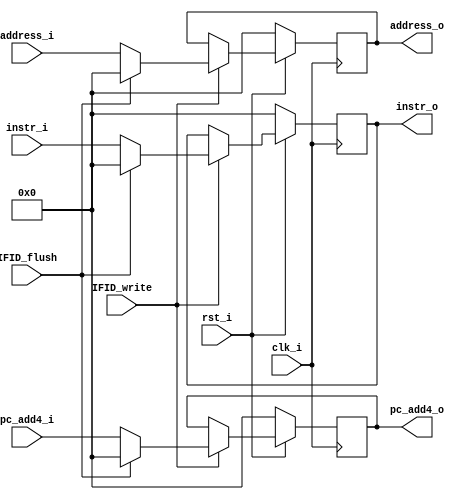
module IF_register (clk_i, rst_i,address_i, instr_i,pc_add4_i, address_o, instr_o,pc_add4_o, IFID_write, IFID_flush);

    input clk_i ;
    input rst_i;
    input [31:0] address_i;
    input [31:0] instr_i;
    input [31:0] pc_add4_i;
    input IFID_write;
    input IFID_flush;
    output reg [31:0] address_o;
    output reg [31:0] instr_o;
    output reg [31:0] pc_add4_o;

    always @(posedge clk_i)
    begin
        if (!rst_i)
        begin
            // reset
            address_o <= 32'b00000000000000000000000000000000;
            instr_o <= 32'b00000000000000000000000000000000;
            pc_add4_o <= 32'b00000000000000000000000000000000;
        end
        else if (~IFID_write)
	begin
	end
	else if (IFID_flush)
	begin
            address_o <= 32'b00000000000000000000000000000000;
            instr_o <= 32'b00000000000000000000000000000000;
            pc_add4_o <= 32'b00000000000000000000000000000000;
	end
	else
        begin
            address_o <= address_i;
            instr_o <= instr_i;
            pc_add4_o <= pc_add4_i;
        end
    end

endmodule